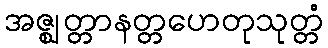
အဇ္ဈတ္တာနတ္တဟေတုသုတ္တံ